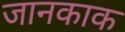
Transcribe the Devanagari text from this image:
जानकाक